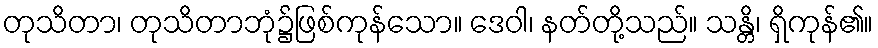
တုသိတာ၊ တုသိတာဘုံ၌ဖြစ်ကုန်သော။ ဒေဝါ၊ နတ်တို့သည်။ သန္တိ၊ ရှိကုန်၏။